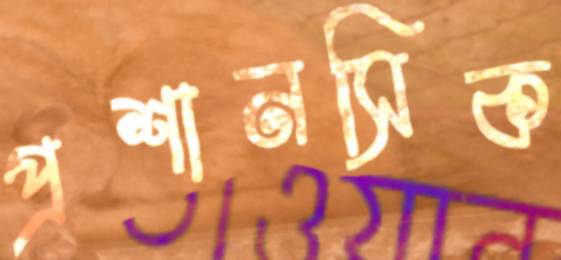
প্রশানসিক